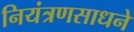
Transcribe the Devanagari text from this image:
नियंत्रणसाधने